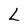
Character: L